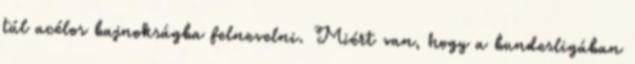
túl acélos bajnokságba felnevelni. Miért van, hogy a bundesligában